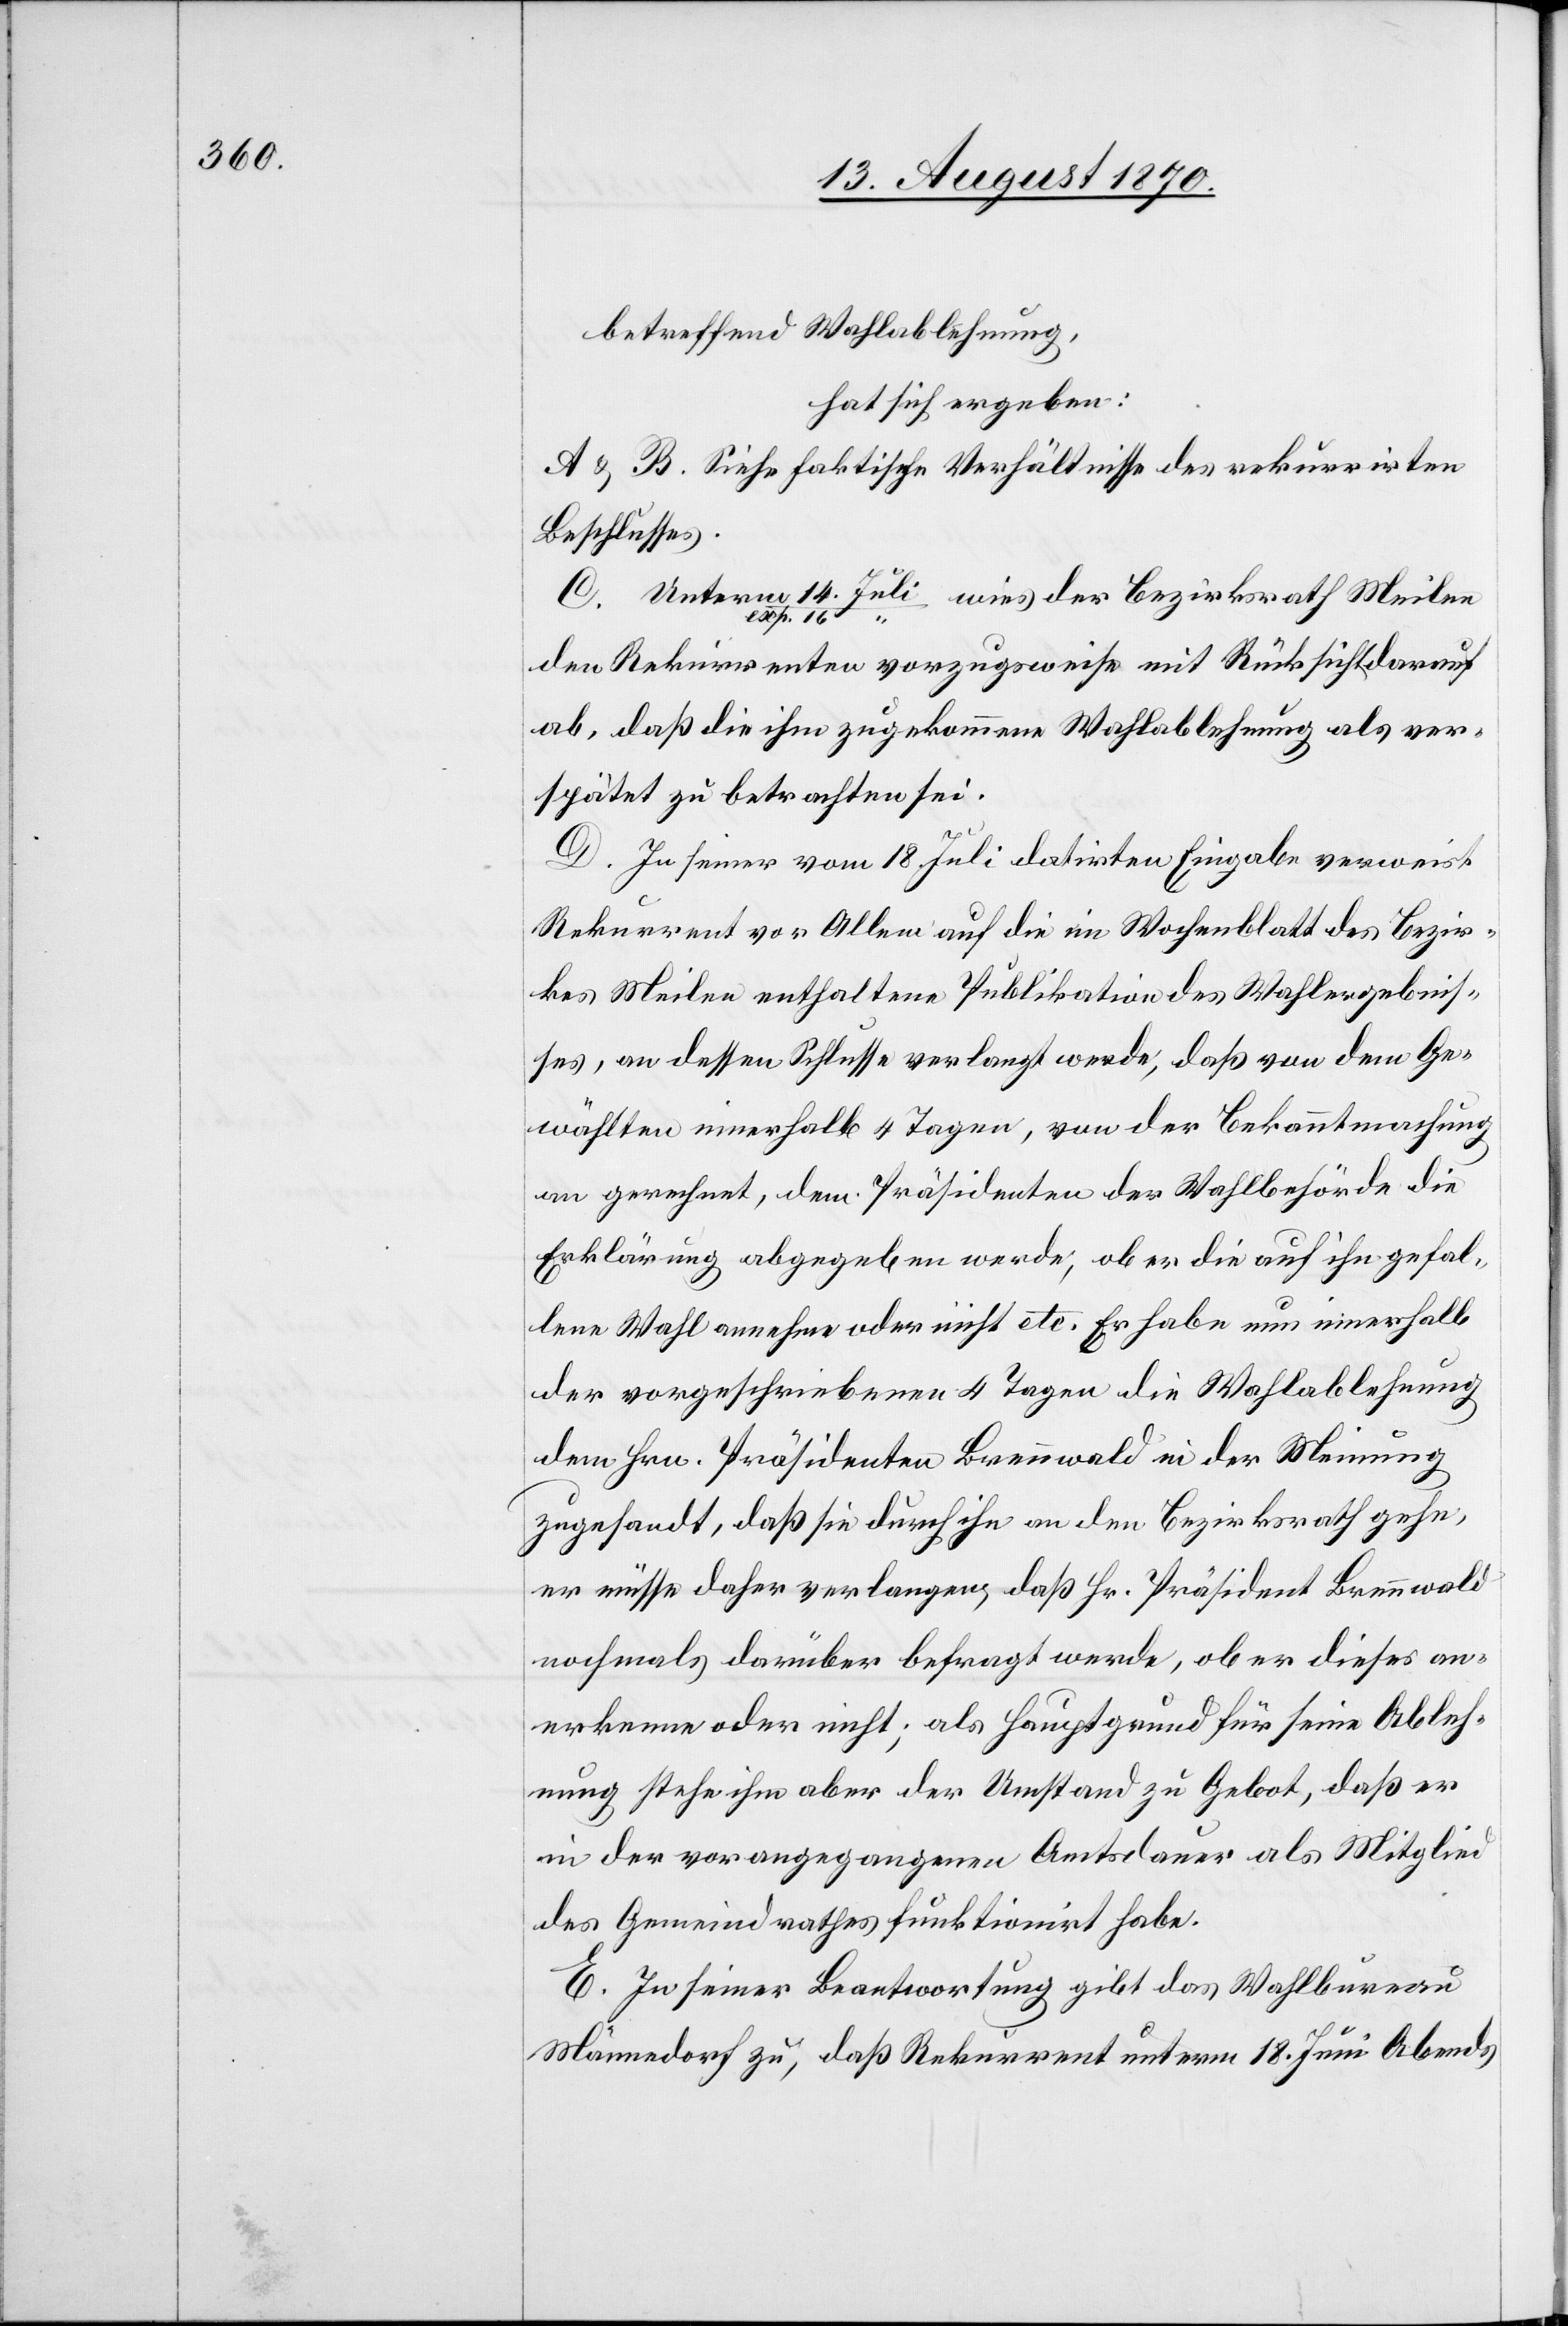
betreffend Wahlablehnung,
hat sich ergeben:
A & B. Siehe faktische Verhältnisse des rekurrirten
Beschlusses.
Unterm 14.
den Rekurrenten vorzugsweise mit Rücksicht darauf
ab, daß die ihm zugekommene Wahlablehnung als ver¬
spätet zu betrachten sei.
D. In seiner vom 17. Juli datirten Eingabe verweist
Rekurrent vor Allem auf die im Wochenblatt des Bezir¬
kes Meilen enthaltene Publikation des Wahlergebnis¬
ses, an dessen Schlusse verlangt werde, daß von dem Ge¬
wählten innerhalb 4 Tagen, von der Bekanntmachung
an gerechnet, dem Präsidenten der Wahlbehörde die
Erklärung abgegeben werde, ob er die auf ihn gefal¬
lene Wahl annehme oder nicht etc. Er habe nun innerhalb
der vorgeschriebenen 4 Tagen die Wahlablehnung
dem Hrn. Präsidenten Brennwald in der Meinung
zugesandt, daß sie durch ihn an den Bezirksrath gehe,
er müsse daher verlangen, daß Hr. Präsident Brennwald
nochmals darüber befragt werde, ob er dieses an¬
erkenne oder nicht; als Hauptgrund für seine Ableh¬
nung stehe ihm aber der Umstand zu Gebot, daß er
in der vorangegangenen Amtsdauer als Mitglied
des Gemeindrathes funktionirt habe.
E. In seiner Beantwortung gibt das Wahlbureau
Männedorf zu, daß Rekurrent unterm 18. Juni Abends